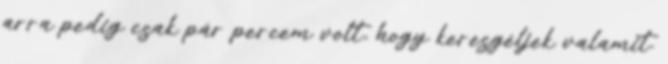
arra pedig csak pár percem volt, hogy keresgéljek valamit.